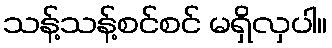
သန့်သန့်စင်စင် မရှိလှပါ။